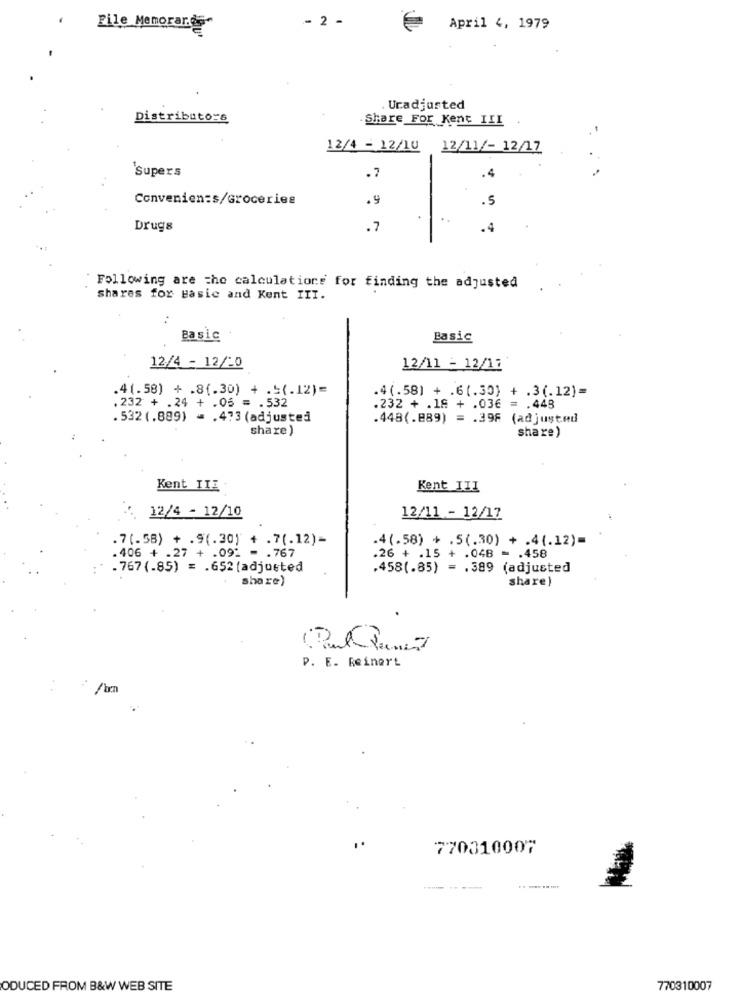
.
-
File Memorar.es-
April 4, 1979
Uradjusted
Distributors
. Share For Kent III
-
12/4 - 12/10
12/11/- 12/17
'supers
.4
.7
Convenien:s/Groceries
.9
.5
.
Drugs
.7
.4
Following are the calculations for finding the adjusted
shares for Basic and Kent III.
Basic
Basic
12/4 - 12/-0
12/11 - 12/12
.4(.58) + .6(.30) + .3(.12)=
.4(.58) + .8(.30) + .5(.12)=
.232 + .24 + .06 = . 532
.232 + .18 + .036 = . 448
. 532 (.889) = . 473 (adjusted
.448(.889) = . 39F (adjusted
share)
share)
Kent III
Kent III
12/4 - 12/10
12/11 - 12/17
.7(-58) + .9(.30) + .7(.12)-
.4(.58) + .5(.30) + .4(.12)=
.406 + .27 + .09: - . 767
.26 + .15 + .048 = . 458
.767 (.85) = . 652 [adjusted
.458(.85) = . 389 (adjusted
share)
share)
P. E. Reinert
770310007
.. .........
ODUCED FROM B&W WEB SITE
770310007